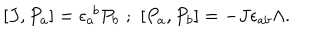
[ J , P _ { a } ] = \epsilon _ { a } ^ { \, \, b } P _ { b } \, \, ; \, \, [ P _ { a } , P _ { b } ] = - J \epsilon _ { a b } \Lambda .